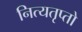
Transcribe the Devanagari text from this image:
नित्यतृप्तो